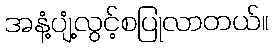
အနံ့ပျံ့လွင့်စပြုလာတယ်။